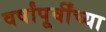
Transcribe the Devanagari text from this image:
वर्षांपूर्वींच्या